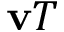
\mathbf { v } T